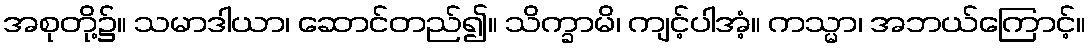
အစုတို့၌။ သမာဒါယာ၊ ဆောင်တည်၍။ သိက္ခာမိ၊ ကျင့်ပါအံ့။ ကသ္မာ၊ အဘယ်ကြောင့်။